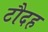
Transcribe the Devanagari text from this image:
टौदह